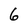
Character: 6